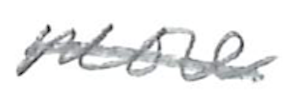
Text: more
Cross-out: single-line
Writing tool: pencil